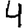
Digit: 4